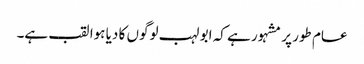
عام طور پر مشہور ہے کہ ابو لہب لوگوں کا دیا ہوا لقب ہے۔